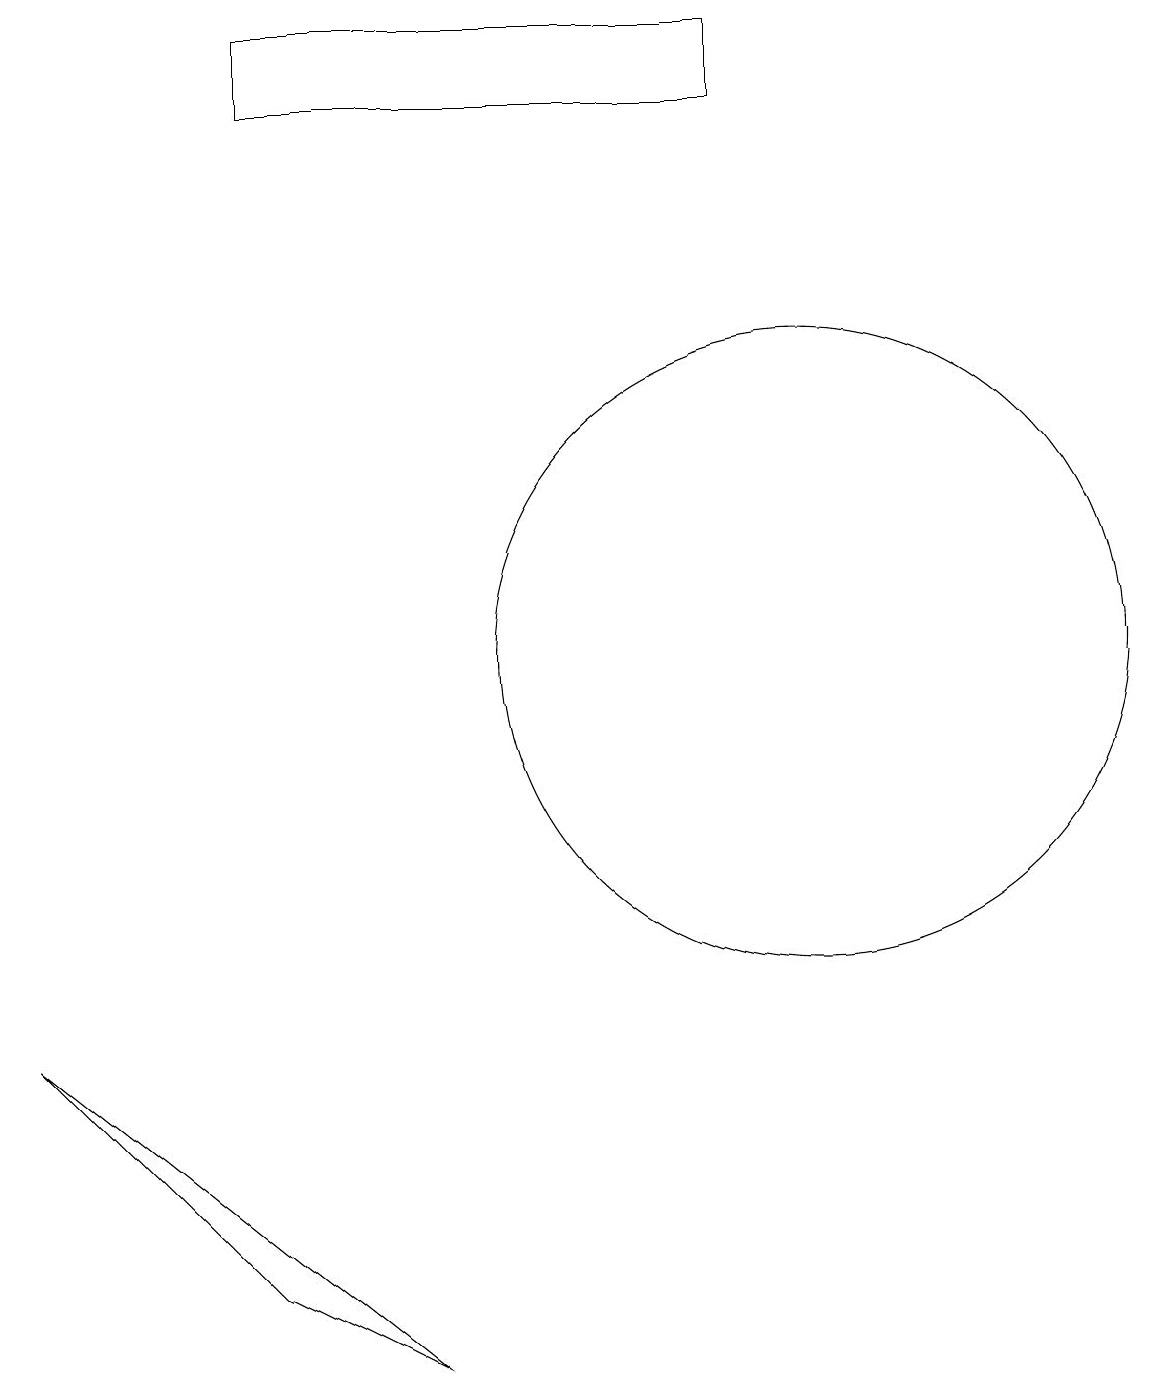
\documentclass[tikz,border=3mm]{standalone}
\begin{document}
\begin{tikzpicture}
\draw (10,11) circle (4);
\draw (0,6) -- (5,2) -- (3,3) -- cycle;
\draw (3,18) rectangle (9,19);
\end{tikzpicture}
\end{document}